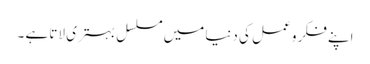
اپنے فکر و عمل کی دنیا میں مسلسل بہتری لاتا ہے ۔